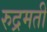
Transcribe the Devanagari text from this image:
रुद्रमती